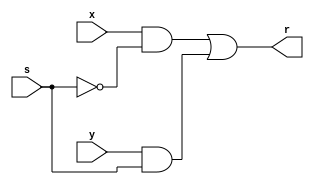
module mux2_1(x,y,s,r);
  input x,y,s;
  output r;
  
  assign r = (x & ~s) | (y & s);
endmodule